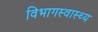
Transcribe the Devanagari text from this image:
विभागस्वास्थ्य